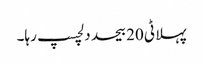
پہلا ٹی 20 بیحد دلچسپ رہا۔